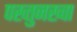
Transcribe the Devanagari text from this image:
पख्तुनख्वा